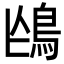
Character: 𩿌